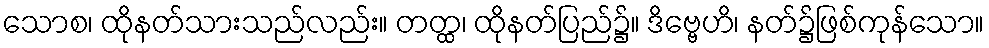
သောစ၊ ထိုနတ်သားသည်လည်း။ တတ္ထ၊ ထိုနတ်ပြည်၌။ ဒိဗ္ဗေဟိ၊ နတ်၌ဖြစ်ကုန်သော။